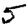
Digit: 5